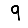
Digit: 9